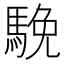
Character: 𩣦